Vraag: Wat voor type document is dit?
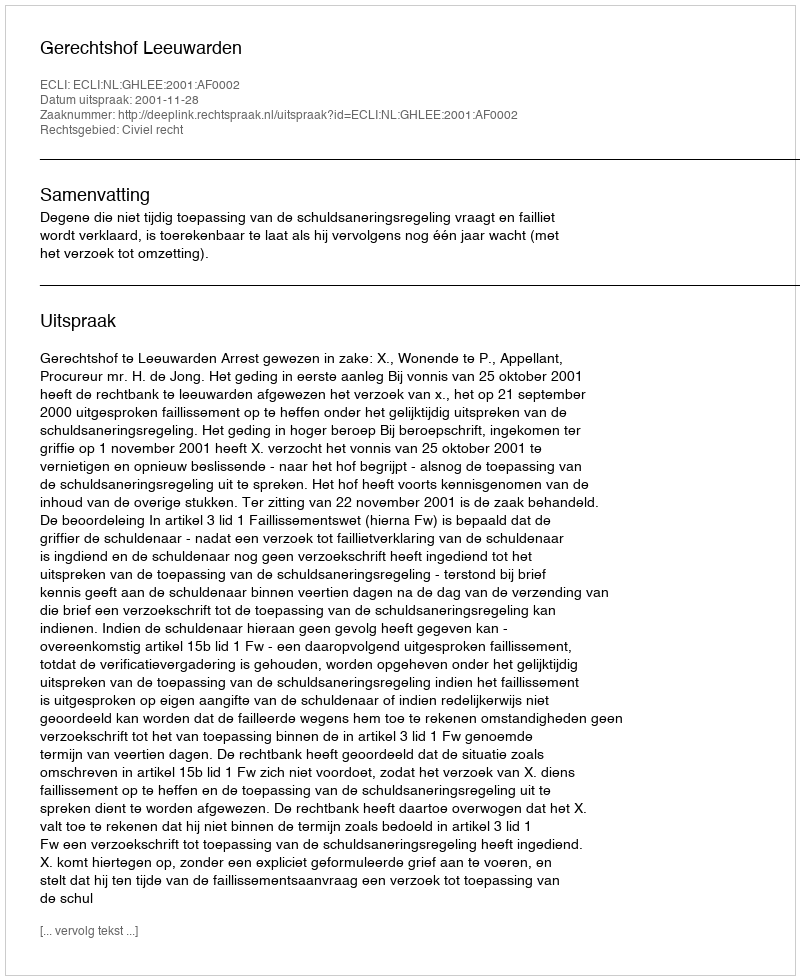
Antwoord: Uitspraak